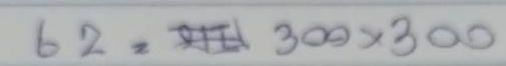
62 = 300x300